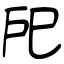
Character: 戺